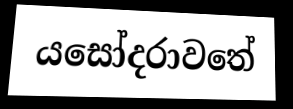
යසෝදරාවතේ